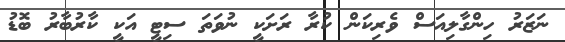
ނަޒަރު ހިންގާލިއަސް ވެރިކަން ކުރާ ރަށަކީ ނުވަތަ ސިޓީ އަކީ ކާރުބާރު ބޮޑު